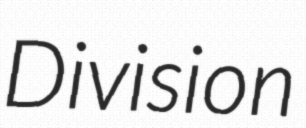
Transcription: Division